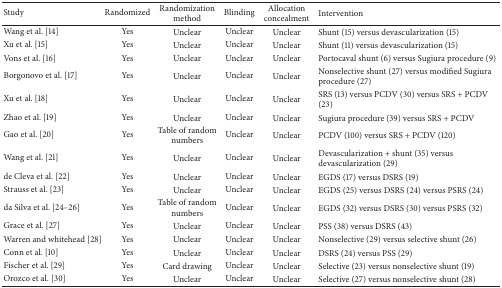
| Study | Randomized | Randomization method | Blinding | Allocation concealment | Intervention |
 | --- | --- | --- | --- | --- | --- |
 | Wang et al. [14] | Yes | Unclear | Unclear | Unclear | Shunt (15) versus devascularization (15) |
 | Xu et al. [15] | Yes | Unclear | Unclear | Unclear | Shunt (11) versus devascularization (15) |
 | Vons et al. [16] | Yes | Unclear | Unclear | Unclear | Portocaval shunt (6) versus Sugiura procedure (9) |
 | Borgonovo et al. [17] | Yes | Unclear | Unclear | Unclear | Nonselective shunt (27) versus modified Sugiura procedure (27) |
 | Xu et al. [18] | Yes | Unclear | Unclear | Unclear | SRS (13) versus PCDV (30) versus SRS + PCDV (23) |
 | Zhao et al. [19] | Yes | Unclear | Unclear | Unclear | Sugiura procedure (39) versus SRS + PCDV |
 | Gao et al. [20] | Yes | Table of random numbers | Unclear | Unclear | PCDV (100) versus SRS + PCDV (120) |
 | Wang et al. [21] | Yes | Unclear | Unclear | Unclear | Devascularization + shunt (35) versus devascularization (29) |
 | de Cleva et al. [22] | Yes | Unclear | Unclear | Unclear | EGDS (17) versus DSRS (19) |
 | Strauss et al. [23] | Yes | Unclear | Unclear | Unclear | EGDS (25) versus DSRS (24) versus PSRS (24) |
 | da Silva et al. [24–26] | Yes | Table of random numbers | Unclear | Unclear | EGDS (32) versus DSRS (30) versus PSRS (32) |
 | Grace et al. [27] | Yes | Unclear | Unclear | Unclear | PSS (38) versus DSRS (43) |
 | Warren and whitehead [28] | Yes | Unclear | Unclear | Unclear | Nonselective (29) versus selective shunt (26) |
 | Conn et al. [10] | Yes | Unclear | Unclear | Unclear | DSRS (24) versus PSS (29) |
 | Fischer et al. [29] | Yes | Card drawing | Unclear | Unclear | Selective (23) versus nonselective shunt (19) |
 | Orozco et al. [30] | Yes | Unclear | Unclear | Unclear | Selective (27) versus nonselective shunt (28) |